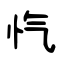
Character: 忾